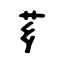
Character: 芗